Indian journal of veterinary science and animal husbandry - Volumes 24-25, 1954-1955
Year: 1954
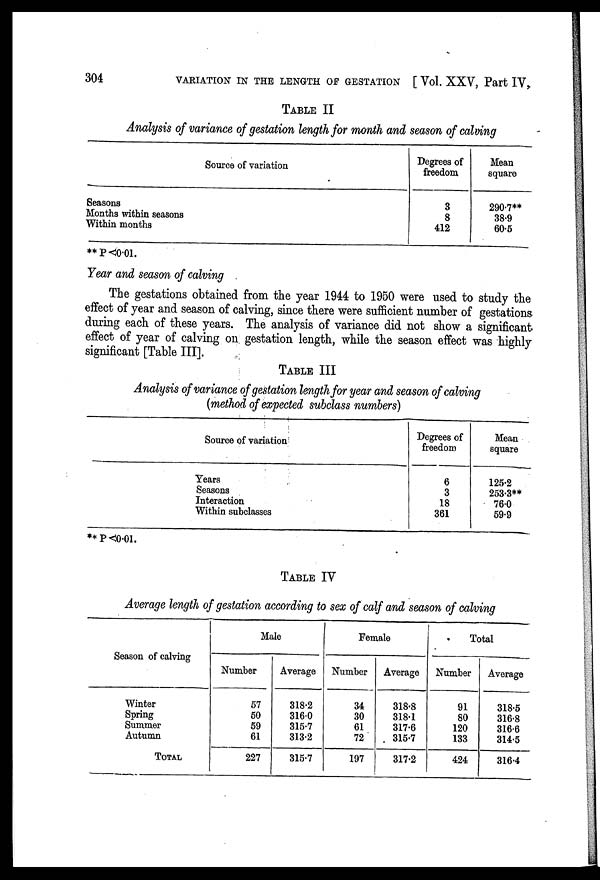
304
VARIATION IN THE LENGTH OF GESTATION [ Vol. XXV, Part IV,
TABLE II
Analysis of variance of gestation length for month and season of calving
Source of variation
Seasons
Months within seasons
Within months
Degrees of
freedom
3
8
412
Mean
square
290.7**
38.9
60.5
** P <0.01.
Year and season of calving
The gestations obtained from the year 1944 to 1950 were used to study the
effect of year and season of calving, since there were sufficient number of gestations
during each of these years. The analysis of variance did not show a significant
effect of year of calving on gestation length, while the season effect was highly
significant [Table III].
TABLE III
Analysis of variance of gestation length for year and season of calving
(method of expected subclass numbers)
Source of variation
Years
Seasons
Interaction
Within subclasses
Degrees of
freedom
6
3
18
361
Mean
square
125.2
253.3**
76.0
59.9
** P <0.01.
TABLE IV
Average length of gestation according to sex of calf and season of calving
Season of calving
Winter
Spring
Summer
Autumn
TOTAL
Male
Number
57
50
59
61
227
Average
318.2
316.0
315.7
313.2
315.7
Female
Number
34
30
61
72
197
Average
318.8
318.1
317.6
315.7
317.2
Total
Number
91
80
120
133
424
Average
318.5
316.8
316.6
314.5
316.4